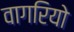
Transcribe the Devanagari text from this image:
वागरियो